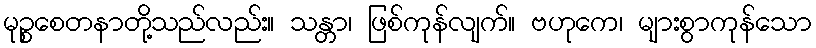
မုဉ္စစေတနာတို့သည်လည်း။ သန္တာ၊ ဖြစ်ကုန်လျက်။ ဗဟုကေ၊ များစွာကုန်သော